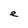
Character: e